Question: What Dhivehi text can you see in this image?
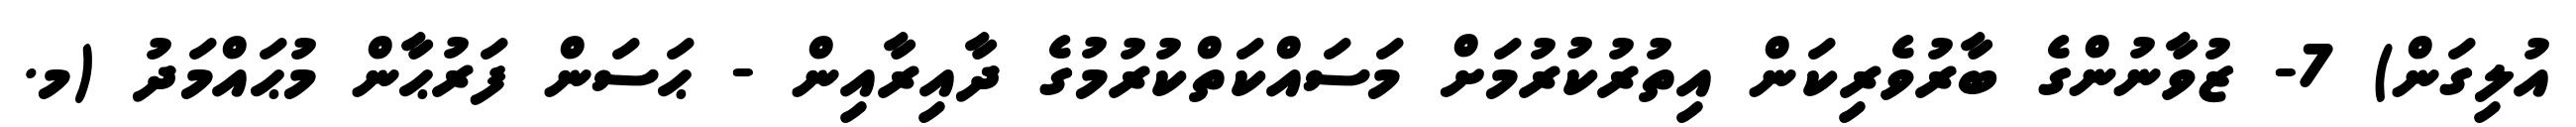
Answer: އުލިގަން) 7- ޒުވާނުންގެ ބާރުވެރިކަން އިތުރުކުރުމަށް މަސައްކަތްކުރުމުގެ ދާއިރާއިން - ޙަސަން ފަރުޙާން މުޙައްމަދު (މ.